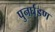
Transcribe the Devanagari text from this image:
पुनर्घडण